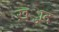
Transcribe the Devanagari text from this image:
ख़्ुाद